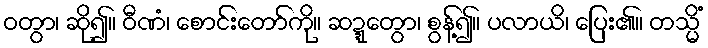
ဝတွာ၊ ဆို၍။ ဝီဏံ၊ စောင်းတော်ကို။ ဆဍ္ဍေတွာ၊ စွန့်၍။ ပလာယိ၊ ပြေး၏။ တသ္မိံ